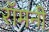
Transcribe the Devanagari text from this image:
रॉमनी